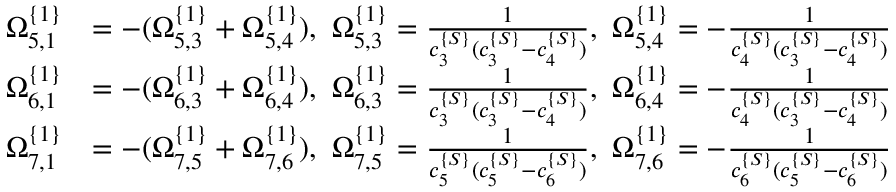
\begin{array} { r l } { \Omega _ { 5 , 1 } ^ { \{ 1 \} } } & { = - ( \Omega _ { 5 , 3 } ^ { \{ 1 \} } + \Omega _ { 5 , 4 } ^ { \{ 1 \} } ) , \ \Omega _ { 5 , 3 } ^ { \{ 1 \} } = \frac { 1 } { c _ { 3 } ^ { \{ S \} } ( c _ { 3 } ^ { \{ S \} } - c _ { 4 } ^ { \{ S \} } ) } , \ \Omega _ { 5 , 4 } ^ { \{ 1 \} } = - \frac { 1 } { c _ { 4 } ^ { \{ S \} } ( c _ { 3 } ^ { \{ S \} } - c _ { 4 } ^ { \{ S \} } ) } } \\ { \Omega _ { 6 , 1 } ^ { \{ 1 \} } } & { = - ( \Omega _ { 6 , 3 } ^ { \{ 1 \} } + \Omega _ { 6 , 4 } ^ { \{ 1 \} } ) , \ \Omega _ { 6 , 3 } ^ { \{ 1 \} } = \frac { 1 } { c _ { 3 } ^ { \{ S \} } ( c _ { 3 } ^ { \{ S \} } - c _ { 4 } ^ { \{ S \} } ) } , \ \Omega _ { 6 , 4 } ^ { \{ 1 \} } = - \frac { 1 } { c _ { 4 } ^ { \{ S \} } ( c _ { 3 } ^ { \{ S \} } - c _ { 4 } ^ { \{ S \} } ) } } \\ { \Omega _ { 7 , 1 } ^ { \{ 1 \} } } & { = - ( \Omega _ { 7 , 5 } ^ { \{ 1 \} } + \Omega _ { 7 , 6 } ^ { \{ 1 \} } ) , \ \Omega _ { 7 , 5 } ^ { \{ 1 \} } = \frac { 1 } { c _ { 5 } ^ { \{ S \} } ( c _ { 5 } ^ { \{ S \} } - c _ { 6 } ^ { \{ S \} } ) } , \ \Omega _ { 7 , 6 } ^ { \{ 1 \} } = - \frac { 1 } { c _ { 6 } ^ { \{ S \} } ( c _ { 5 } ^ { \{ S \} } - c _ { 6 } ^ { \{ S \} } ) } } \end{array}